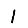
Digit: 1